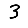
Digit: 3